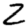
Digit: 2